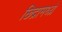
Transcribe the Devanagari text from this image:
छिद्रामध्य्रे